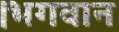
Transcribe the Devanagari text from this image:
।भगवान